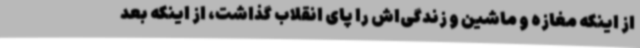
از اینکه مغازه و ماشین و زندگی‌اش را پای انقلاب گذاشت، از اینکه بعد